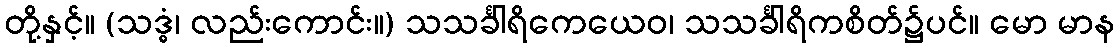
တို့နှင့်။ (သဒ္ဓံ၊ လည်းကောင်း။) သသင်္ခါရိကေယေဝ၊ သသင်္ခါရိကစိတ်၌ပင်။ မော မာန